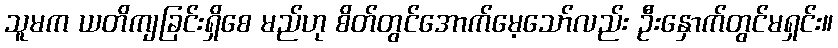
သူမက ယတိကျခြင်းရှိစေ မည်ဟု စိတ်တွင်အောက်မေ့သော်လည်း ဦးနှောက်တွင်မရှင်း။